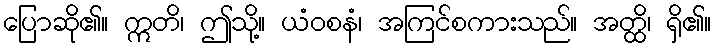
ပြောဆို၏။ ဣတိ၊ ဤသို့။ ယံဝစနံ၊ အကြင်စကားသည်။ အတ္ထိ၊ ရှိ၏။